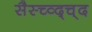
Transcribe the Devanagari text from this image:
सैस्च्व्द्च्द